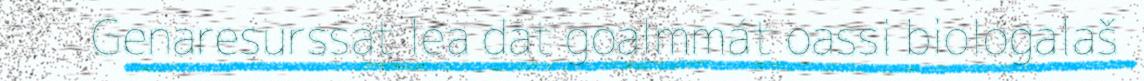
Genaresurssat lea dat goalmmát oassi biologalaš